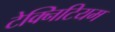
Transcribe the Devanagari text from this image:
टेक्निटियम